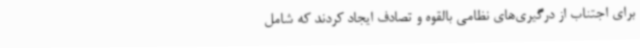
برای اجتناب از درگیری‌های نظامی بالقوه و تصادف ایجاد کردند که شامل